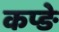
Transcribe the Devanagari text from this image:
कप्ङे